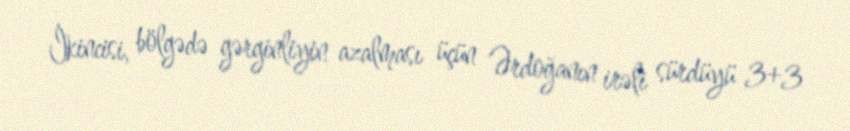
İkincisi, bölgədə gərginliyin azalması üçün Ərdoğanın irəli sürdüyü 3+3